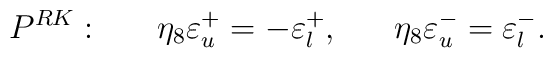
P^{RK}: \ \ \ \ \ \eta_8 \varepsilon^+_u = - \varepsilon^+_l, \ \ \ \ \ \eta_8 \varepsilon^-_u = \varepsilon^-_l .